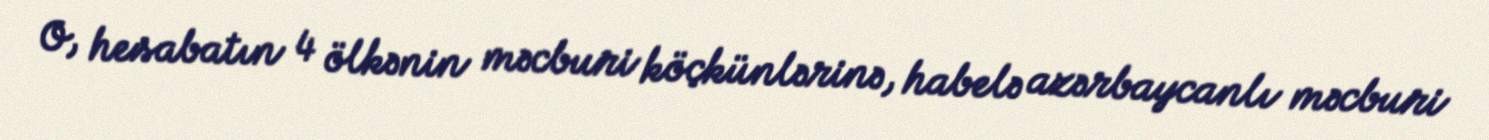
O, hesabatın 4 ölkənin məcburi köçkünlərinə, habelə azərbaycanlı məcburi